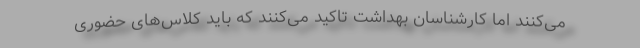
می‌کنند اما کارشناسان بهداشت تاکید می‌کنند که باید کلاس‌های حضوری